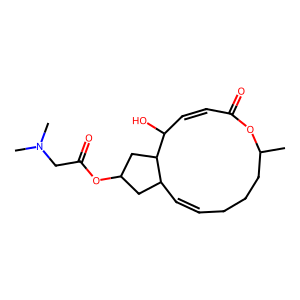
SMILES: CC1CCCC=CC2CC(OC(=O)CN(C)C)CC2C(O)C=CC(=O)O1
Inhibits HIV replication: No